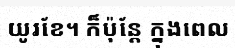
យូរខែ។ ក៏ប៉ុន្តែ ក្នុងពេល